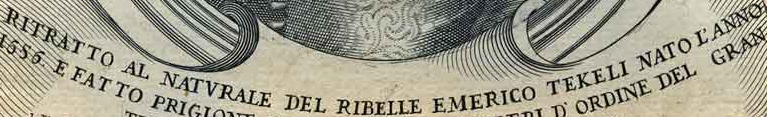
RITRATTO AL NATVRALE DEL RIBELLE EMERICO TEKELI NATO L'ANNO